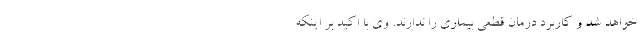
خواهد شد و کاربرد درمان قطعی بیماری را ندارند. وی با اکید بر اینکه